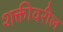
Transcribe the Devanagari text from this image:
शक्तीवरील